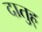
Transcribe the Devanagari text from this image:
दातुह्